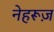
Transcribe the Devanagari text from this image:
नेहरूज़